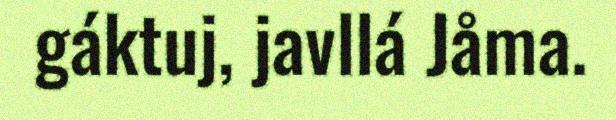
gáktuj, javllá Jåma.